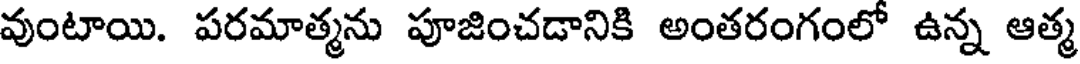
వుంటాయి. పరమాత్మను పూజించడానికి అంతరంగంలో ఉన్న ఆత్మ